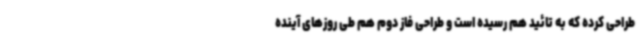
طراحی کرده که به تائید هم رسیده است و طراحی فاز دوم هم طی روزهای آینده